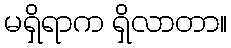
မရှိရာက ရှိလာတာ။